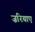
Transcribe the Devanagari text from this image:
ज़रियाए